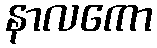
နာလကော